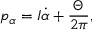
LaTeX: p _ { \alpha } = { \cal I } \dot { \alpha } + \frac { \Theta } { 2 \pi } ,